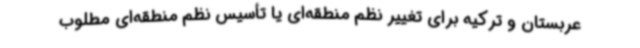
عربستان و ترکیه برای تغییر نظم منطقه‌ای یا تأسیس نظم منطقه‌ای مطلوب